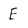
Character: E